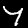
Digit: 7